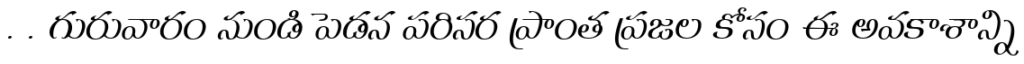
. . గురువారం నుండి పెడన పరిసర ప్రాంత ప్రజల కోసం ఈ అవకాశాన్ని